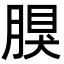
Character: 𦝳